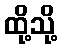
ထို့သို့